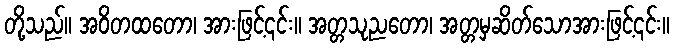
တို့သည်။ အဝိတထတော၊ အားဖြင့်၎င်း။ အတ္တသုညတော၊ အတ္တမှဆိတ်သောအားဖြင့်၎င်း။